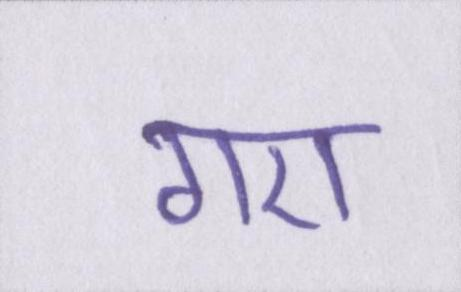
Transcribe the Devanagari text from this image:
गए